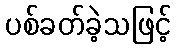
ပစ်ခတ်ခဲ့သဖြင့်